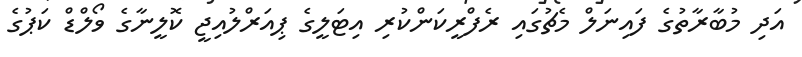
އަދި މުބާރާތުގެ ފައިނަލް މެޗުގައި ރެފްރީކަންކުރި އިޓަލީގެ ޕިއަރްލުއިޖީ ކޮލީނާގެ ވޯލްޑް ކަޕުގެ